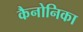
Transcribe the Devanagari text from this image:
कैनोनिका